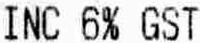
INC 6% GST